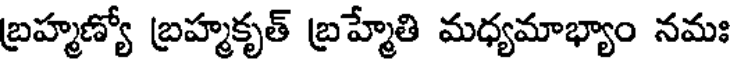
బ్రహ్మణ్యో బ్రహ్మకృత్ బ్రహ్మేతి మధ్యమాభ్యాం నమః